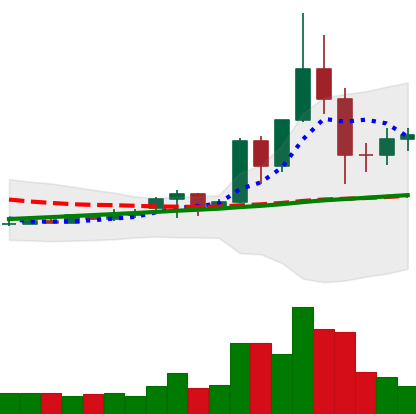
Ticker: TRX-USD
Chart end date: 2020-11-29
Forward return: -3.733%
Label: down_3_5